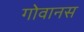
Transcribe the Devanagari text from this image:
गोवानस